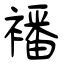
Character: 襎